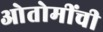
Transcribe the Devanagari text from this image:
ओतोमींची